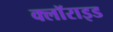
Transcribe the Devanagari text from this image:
क्लॉराइड